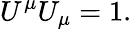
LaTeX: U^{\mu}U_{\mu}=1.